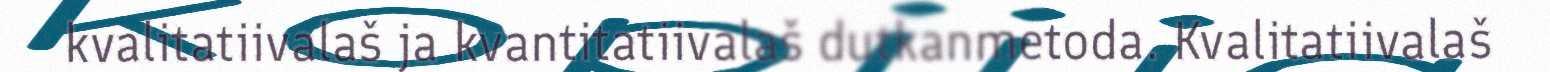
kvalitatiivalaš ja kvantitatiivalaš dutkanmetoda. Kvalitatiivalaš